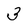
Character: 3